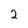
Character: 2